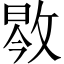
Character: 𱡝